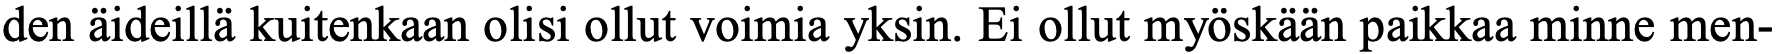
den äideillä kuitenkaan olisi ollut voimia yksin. Ei ollut myöskään paikkaa minne men-